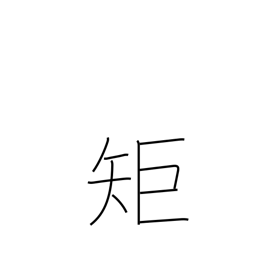
Meaning: ruler